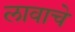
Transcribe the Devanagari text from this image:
लावाचे